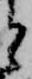
と